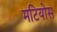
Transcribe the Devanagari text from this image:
मटियोस